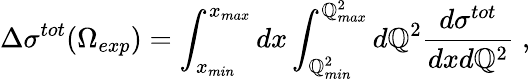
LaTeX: \Delta\sigma^{tot}(\Omega_{exp})=\int_{x_{min}}^{x_{max}}dx\int_{\mathbb{Q}_{min}^{2}}^{\mathbb{Q}_{max}^{2}}d\mathbb{Q}^{2}\frac{{d\sigma^{tot}}}{{dxd\mathbb{Q}^{2}}}\; ,